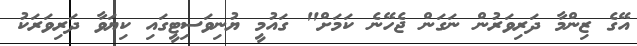
އޭގެ ޒިންމާ ދަރިވަރުން ނަގަން ޖެހޭނެ ކަމަށް" ގައުމީ ޔުނިވަސިޓީގައި ކިޔަވާ ދަރިވަރަކު